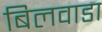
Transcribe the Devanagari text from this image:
बिलवाडा